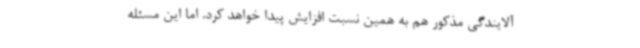
آلایندگی مذکور هم به همین نسبت افزایش پیدا خواهد کرد. اما این مسئله